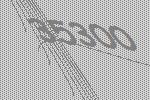
35300